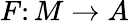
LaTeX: F\colon M\to A